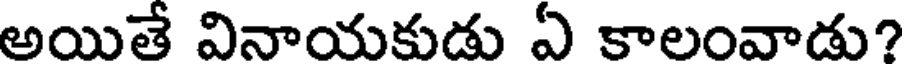
అయితే వినాయకుడు ఏ కాలంవాడు?